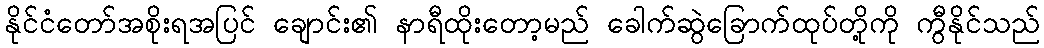
နိုင်ငံတော်အစိုးရအပြင် ချောင်း၏ နာရီထိုးတော့မည် ခေါက်ဆွဲခြောက်ထုပ်တို့ကို ကွီနိုင်သည်